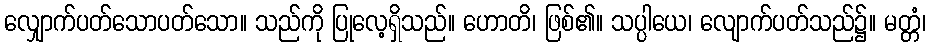
လျှောက်ပတ်သောပတ်သော။ သည်ကို ပြုလေ့ရှိသည်။ ဟောတိ၊ ဖြစ်၏။ သပ္ပါယေ၊ လျောက်ပတ်သည်၌။ မတ္တံ၊